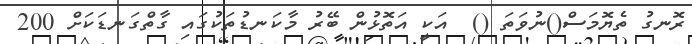
ރޮނގު ތެޔޮމަސް()ނުވަތަ ()  އަކީ އަތޮޅުން ބޭރު މާކަނޑުތަކުގައި ގާތްގަނޑަކަށް 200